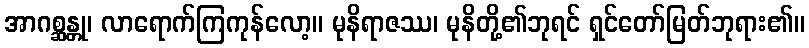
အာဂစ္ဆန္တု၊ လာရောက်ကြကုန်လော့။ မုနိရာဇဿ၊ မုနိတို့၏ဘုရင် ရှင်တော်မြတ်ဘုရား၏။